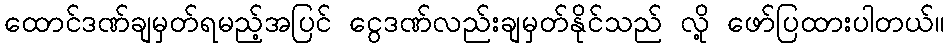
ထောင်ဒဏ်ချမှတ်ရမည့်အပြင် ငွေဒဏ်လည်းချမှတ်နိုင်သည် လို့ ဖော်ပြထားပါတယ်။